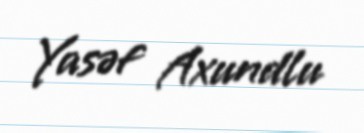
Yasəf Axundlu